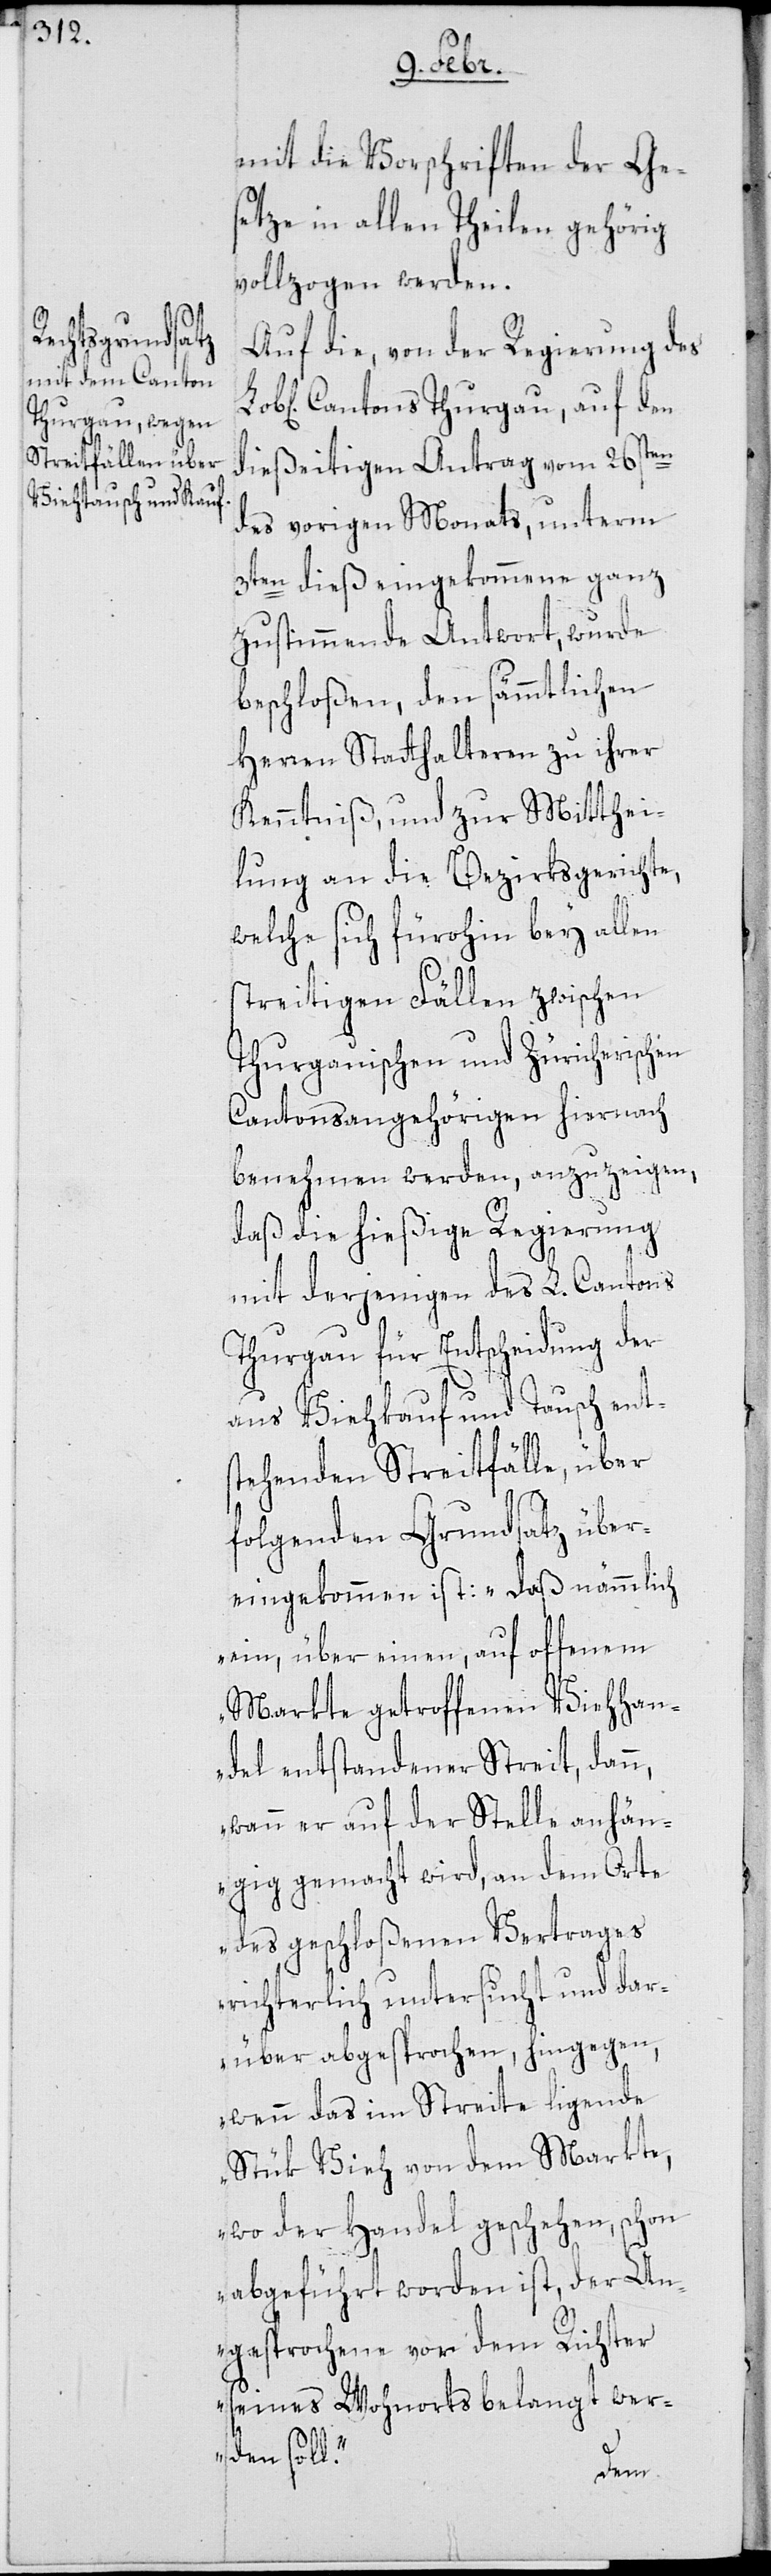
mit die Vorschriften der Ge¬
setze in allen Theilen gehörig
vollzogen werden.
Auf die, von der Regierung des
Cantons Thurgau, auf den
dießeitigen Antrag vom 26sten
des vorigen Monats, unterm
3ten dieß eingekommene ganz
zustimmende Antwort, wurde
beschloßen, den sämmtlichen
Herren Statthalteren zu ihrer
Kenntniß und zur Mitthei¬
lung an die Bezirksgerichte,
welche sich fürohin bey allen
streitigen Fällen zwischen
Cantonsangehörigen hiernach
benehmen werden, anzuzeigen,
daß die hießige Regierung
mit derjenigen des L. Cantons
Thurgau für Entscheidung der
aus Viehkauf und Tausch ent¬
stehenden Streitfälle, über
folgenden Grundsatz über¬
eingekommen ist: „daß nämmlich
ein, über einen auf offenem
Markte getroffenen Viehhan¬
del entstandener Streit, dann,
wenn er auf der Stelle anhän¬
gig gemacht wird, an dem Orte
des geschloßenen Vertrages
richterlich untersucht und dar¬
über abgesprochen, hingegen,
wenn das im Streite ligende
Stük Vieh von dem Markte,
wo der Handel geschehen, schon
abgeführt worden ist, der An¬
gesprochene vor dem Richter
seines Wohnorts belangt wer¬
den soll.“